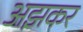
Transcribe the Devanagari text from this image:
अझकर